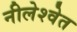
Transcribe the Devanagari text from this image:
नीलेश्वेत